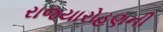
રાજયારોહણની